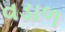
વડાળ